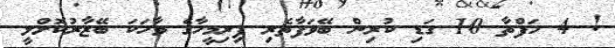
! 4 ހަފްތާ 10 ގަޑި ކުރިން ބޭވަފާތެރި ފިރިމީހާގެ ވާހަކަ ބޭޒާރުކޮށްލީ